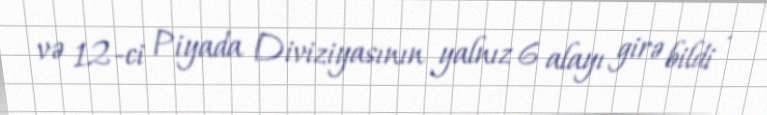
və 12-ci Piyada Diviziyasının yalnız 6 alayı girə bildi .